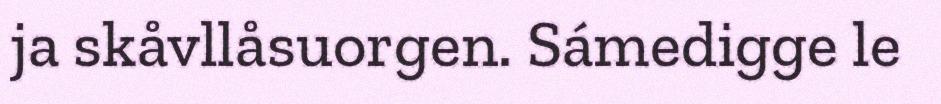
ja skåvllåsuorgen. Sámedigge le